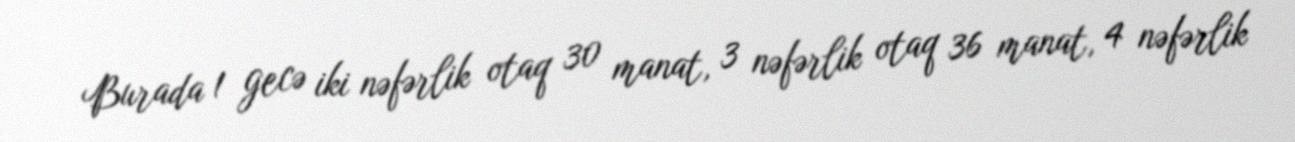
Burada 1 gecə iki nəfərlik otaq 30 manat, 3 nəfərlik otaq 36 manat, 4 nəfərlik